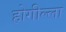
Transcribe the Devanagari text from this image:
होगील्ला